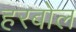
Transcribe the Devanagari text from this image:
हरबोल